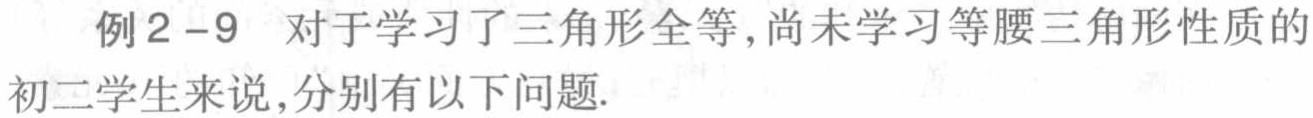
例2 - 9 对于学习了三角形全等,尚未学习等腰三角形性质的初二学生来说,分别有以下问题.